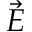
\vec { E }